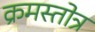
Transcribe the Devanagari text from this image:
क्रमस्तोत्र